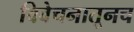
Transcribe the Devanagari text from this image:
विवेचनातूनच